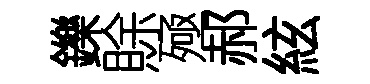
鑠賖殛郝絃